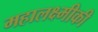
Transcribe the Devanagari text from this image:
महालक्ष्मीकी